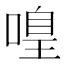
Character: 𠹡